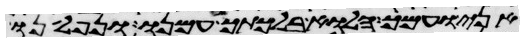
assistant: אני ועמך הלוא בלכתך עמנו ונפלאנו